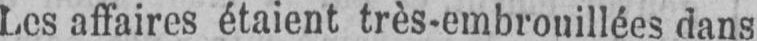
Les affaires étaient très-embrouillées dans